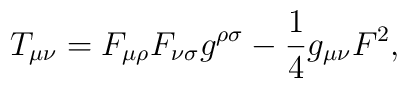
T_{\mu\nu}=F_{\mu\rho}F_{\nu\sigma}g^{\rho\sigma}-\frac{1}{4}g_{\mu\nu}F^2,